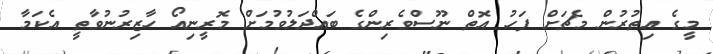
މީގެ އިތުރުން މެޗަށް ފަހު އޮތް ނޫސްވެރިންގެ ބައްދަލުވުމަށް މޮރީނިއޯ ހާޒިރުނުވާތީ އެކަމާ